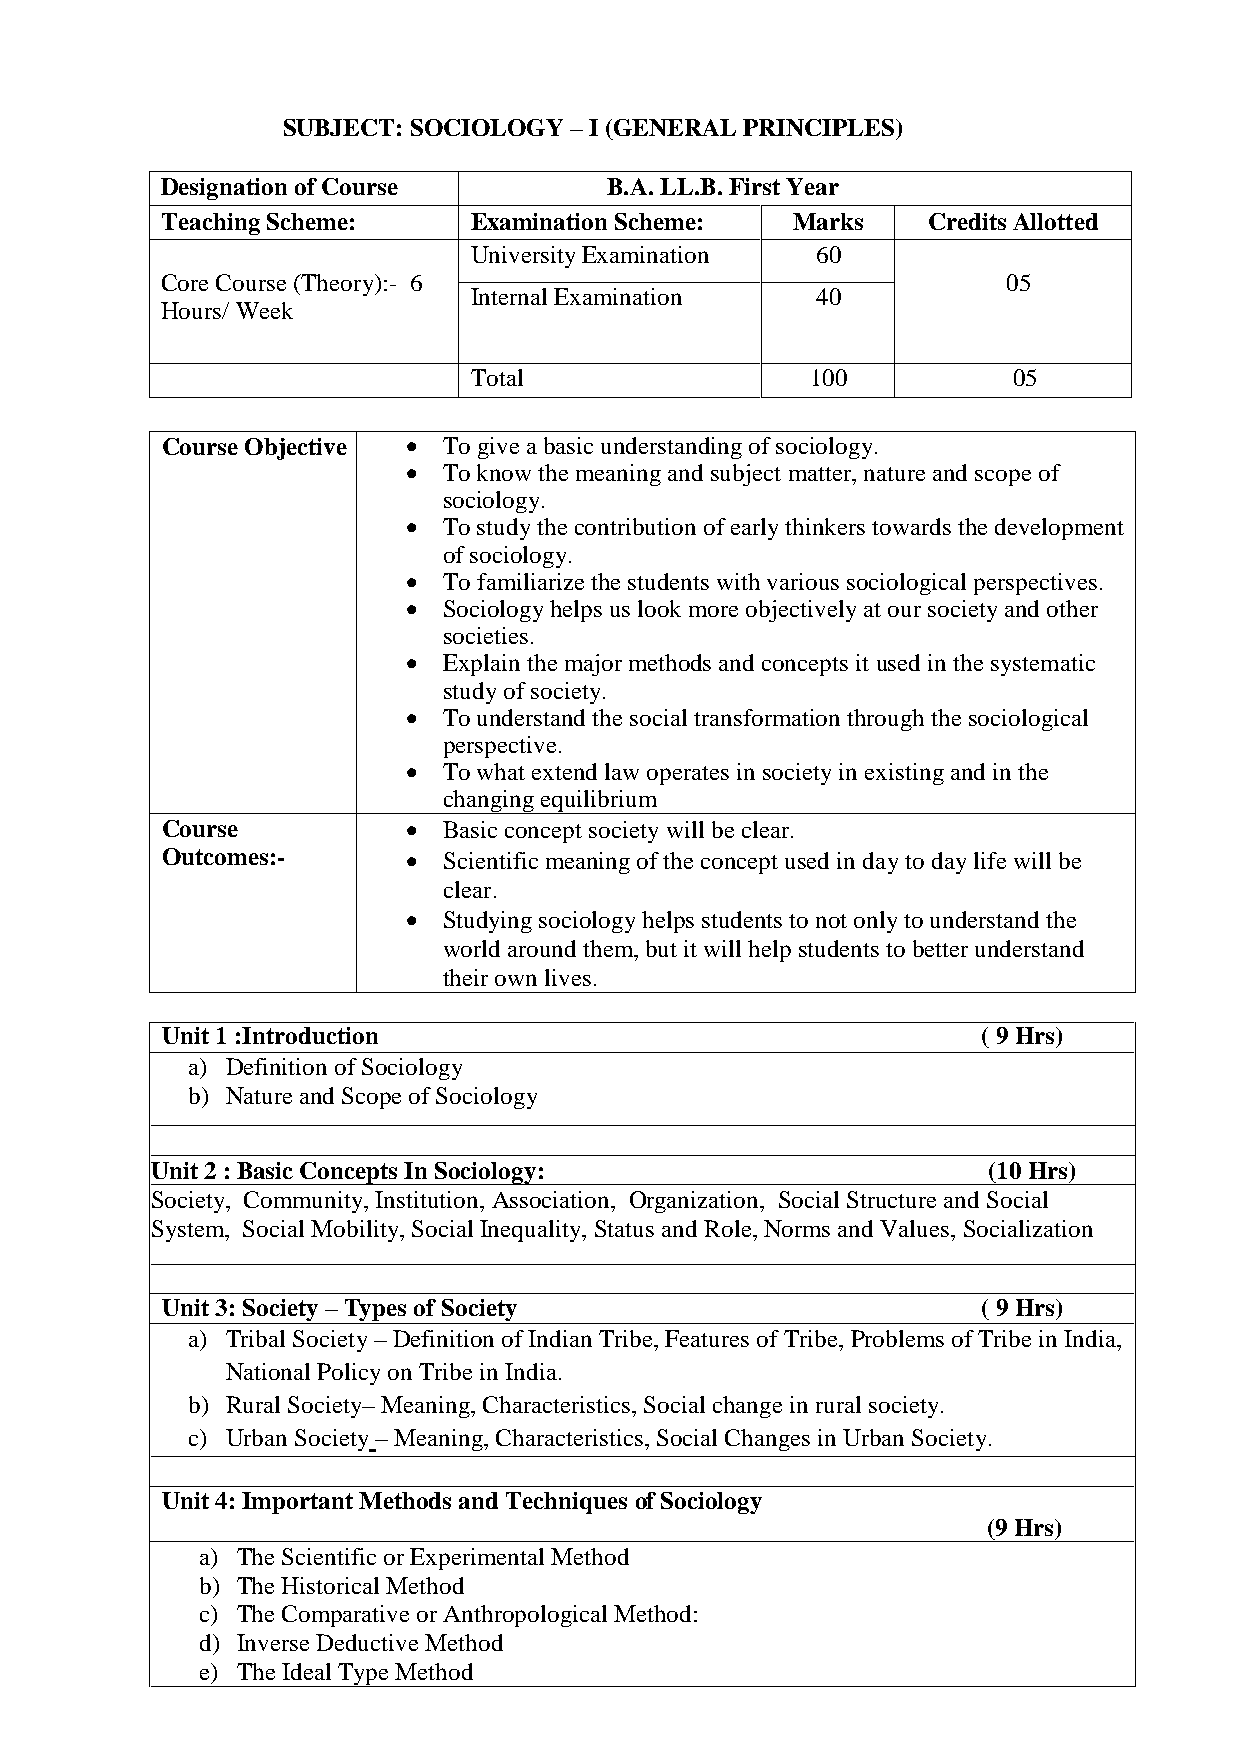
SUBJECT: SOCIOLOGY –I (GENERAL PRINCIPLES)
 Designation of Course        B.A. LL.B. First Year
 TeachingScheme:     ExaminationScheme:   Marks    CreditsAllotted
 UniversityExamination  60
 Core Course(Theory):- 6                                 05
 InternalExamination    40
 Hours/ Week
 Total                  100          05
 CourseObjective  To give a basic understanding of sociology.
  To know the meaning and subject matter, nature and scope of
 sociology.
  To study thecontribution of early thinkers towards the development
 of sociology.
  To familiarize the students with various sociological perspectives.
  Sociology helps us look more objectively at our society and other
 societies.
  Explain the major methods and concepts it used in the systematic
 study of society.
  To understand the social transformation through the sociological
 perspective.
  To what extend law operates in society in existing and in the
 changing equilibrium
 Course           Basic concept society will be clear.
 Outcomes:-       Scientific meaning of the concept used in day to day life will be
 clear.
  Studying sociology helps students to not only to understand the
 world around them, but it will help students to better understand
 their own lives.
 Unit 1 :Introduction                                  (9Hrs)
 a) Definition of Sociology
 b) Nature and Scope of Sociology
 Unit2 :Basic Concepts In Sociology:                    (10 Hrs)
 Society, Community, Institution, Association, Organization, Social Structure and Social
 System, Social Mobility, Social Inequality, Status and Role, Norms and Values, Socialization
 Unit3:Society –Types of Society                       (9Hrs)
 a) Tribal Society– Definition of Indian Tribe, Features of Tribe, Problems of Tribe in India,
 National Policy on Tribe in India.
 b) Rural Society–Meaning, Characteristics, Social change in rural society.
 c) Urban Society–Meaning, Characteristics, Social Changes in Urban Society.
 Unit4:Important Methods and Techniques of Sociology
 (9Hrs)
 a) The Scientific or Experimental Method
 b) The Historical Method
 c) The Comparative or Anthropological Method:
 d) Inverse Deductive Method
 e) The Ideal Type Method